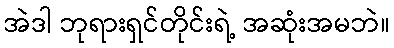
အဲဒါ ဘုရားရှင်တိုင်းရဲ့ အဆုံးအမဘဲ။